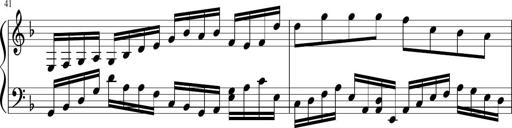
Title: Sonatina in F major
Composer: Ethan Ngo
Key: F major